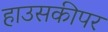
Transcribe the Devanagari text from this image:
हाउसकीपर